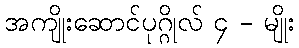
အကျိုးဆောင်ပုဂ္ဂိုလ် ၄ - မျိုး